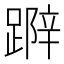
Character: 𨃛